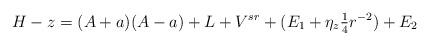
LaTeX: \begin{align*}H-z = (A+a)(A-a) + L + V^{sr} + (E_1+\eta_z \tfrac{1}{4}r^{-2}) + E_2\end{align*}